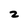
Character: z